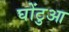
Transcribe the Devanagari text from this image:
घोंटुआ